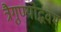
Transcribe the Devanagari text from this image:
त्रैगुण्योद्भवम्